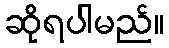
ဆိုရပါမည်။